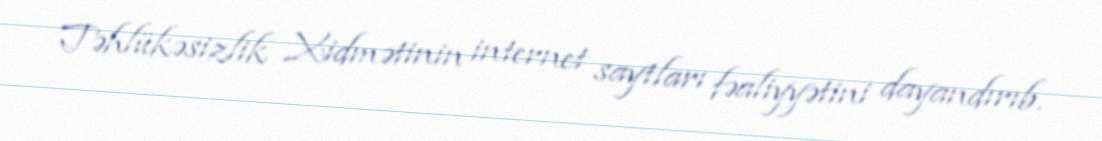
Təhlükəsizlik Xidmətinin internet saytları fəaliyyətini dayandırıb.